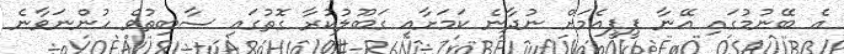
އެ ބޭނުމުގައި އޭނާ ޕީޕީއެމަށް ނުދާނެ ކަމަށާއި ގަބޫލުކުރާ ގޮތުގައި ސާބިތުވެ ހުންނަވާނެ